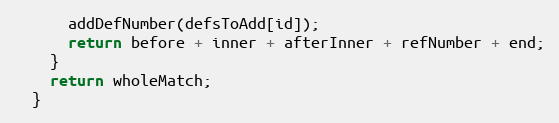
Language: JavaScript
      addDefNumber(defsToAdd[id]);
      return before + inner + afterInner + refNumber + end;
    }
    return wholeMatch;
  }